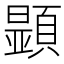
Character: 𩔰